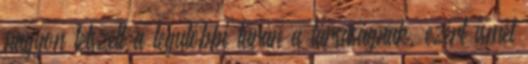
nagyon tetszett a legutóbbi túrán a társaságnak, ezért ismét